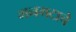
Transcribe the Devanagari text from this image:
मनगटाचे